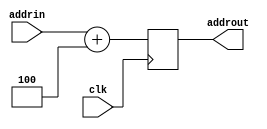
module AddFour (
    addrin, addrout, clk
);

input [31:0] addrin;
input clk;
output reg [31:0] addrout;

always @(posedge clk) begin
    addrout <= addrin + 4;
end
    
endmodule